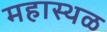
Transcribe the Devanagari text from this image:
महास्थळ